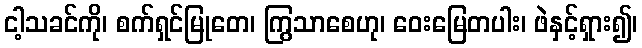
ငါ့သခင်ကို၊ စက်ရှင်မြုတေ၊ ကြွသာစေဟု၊ ဝေးမြေတပါး၊ ဖဲနှင့်ရှား၍၊